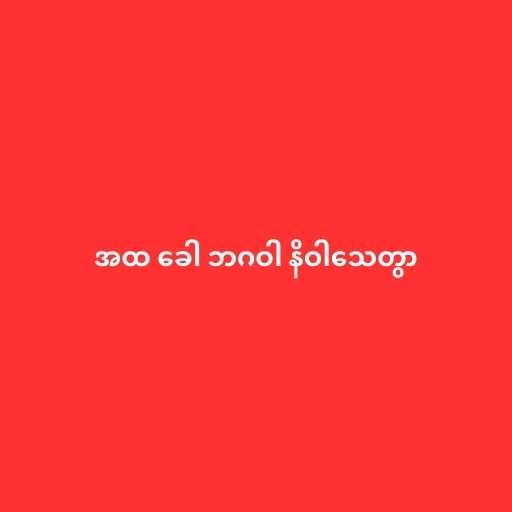
အထ ခေါ ဘဂဝါ နိဝါသေတွာ